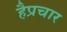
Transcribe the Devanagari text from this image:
हैप्रचार